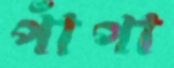
পাঁপা